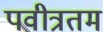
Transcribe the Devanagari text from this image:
पवीत्रतम